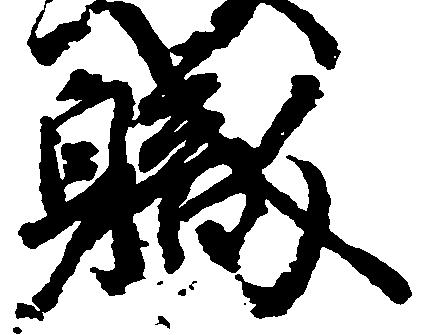
職